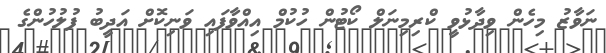
ނަވާޒު މިހެން ވިދާޅުވީ ކްރިމިނަލް ކޯޓުން ހުކުމް އިއްވާފައި ވަނިކޮށް އަދީބު ފުލުހުންގެ